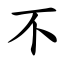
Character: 不